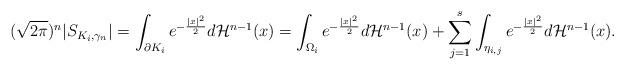
LaTeX: \begin{align*}(\sqrt{2\pi})^n|S_{K_i, \gamma_n}| = \int_{\partial K_i} e^{-\frac{|x|^2}{2}}d\mathcal{H}^{n-1}(x) = \int_{\Omega_i} e^{-\frac{|x|^2}{2}}d\mathcal{H}^{n-1}(x) + \sum_{j=1}^s \int_{\eta_{i,j}} e^{-\frac{|x|^2}{2}}d\mathcal{H}^{n-1}(x).\end{align*}